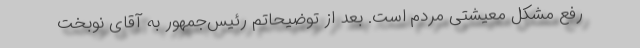
رفع مشکل معیشتی مردم است. بعد از توضیحاتم رئیس‌جمهور به آقای نوبخت